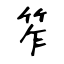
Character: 笮